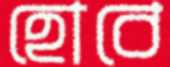
হোবে